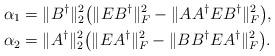
LaTeX: \begin{align*}&\alpha_{1}=\|B^{\dagger}\|_{2}^{2}\big(\|EB^{\dagger}\|_{F}^{2}-\|AA^{\dagger}EB^{\dagger}\|_{F}^{2}\big),\\ &\alpha_{2}=\|A^{\dagger}\|_{2}^{2}\big(\|EA^{\dagger}\|_{F}^{2}-\|BB^{\dagger}EA^{\dagger}\|_{F}^{2}\big).\end{align*}